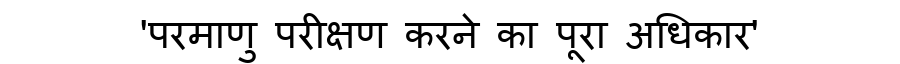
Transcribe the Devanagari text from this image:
'परमाणु परीक्षण करने का पूरा अधिकार'